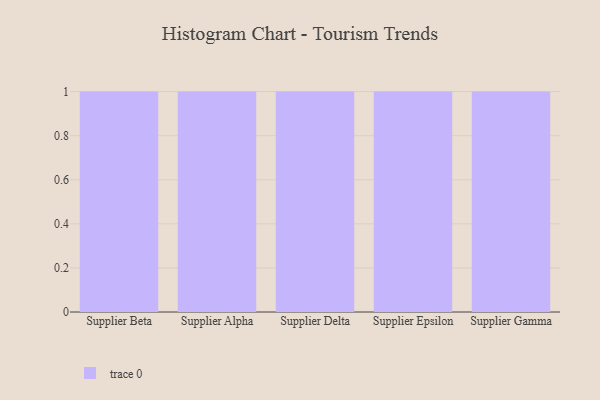
{"axis": {"x": "Supplier", "y": "Budget (USD K)"}, "legend": [""], "data": [{"x": "Supplier Beta", "y": 45, "type": ""}, {"x": "Supplier Alpha", "y": 92, "type": ""}, {"x": "Supplier Delta", "y": 93, "type": ""}, {"x": "Supplier Epsilon", "y": 9, "type": ""}, {"x": "Supplier Gamma", "y": 98, "type": ""}]}